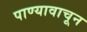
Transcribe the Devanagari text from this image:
पाण्यावाचून